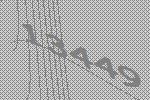
13449